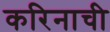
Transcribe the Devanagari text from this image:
करिनाची